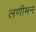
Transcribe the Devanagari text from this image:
लणीमन